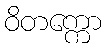
ဝိတက္ကော